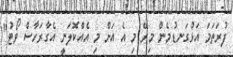
ފުރަތަމަ އަޅުގަނޑުމެން މިރޭ މި އެ އަށް މި އެއްކޮލަނީ އެގާރަހާސް ވޯޓު"